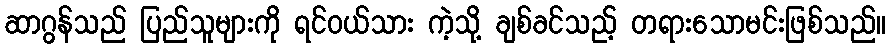
ဆာဂွန်သည် ပြည်သူများကို ရင်ဝယ်သား ကဲ့သို့ ချစ်ခင်သည့် တရားသောမင်းဖြစ်သည်။